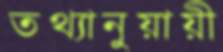
তথ্যানুয়ায়ী